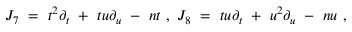
J _ { 7 } \ = \ t ^ { 2 } \partial _ { t } \ + \ t u \partial _ { u } \ - \ n t \ , \ J _ { 8 } \ = \ t u \partial _ { t } \ + \ u ^ { 2 } \partial _ { u } \ - \ n u \ ,